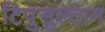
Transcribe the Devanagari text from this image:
टिपुसुल्तान